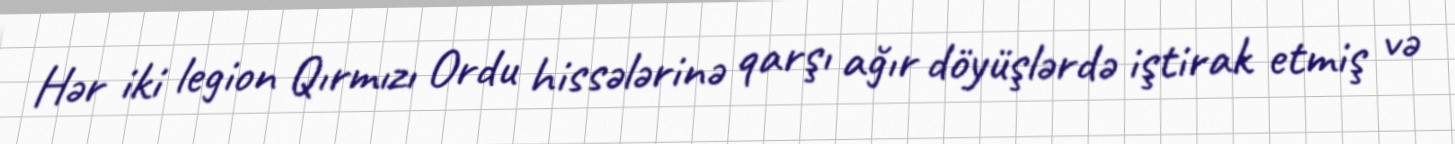
Hər iki legion Qırmızı Ordu hissələrinə qarşı ağır döyüşlərdə iştirak etmiş və